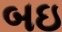
બઇ